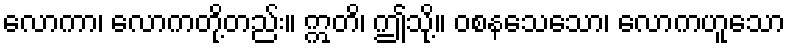
လောကာ၊ လောကတို့တည်း။ ဣတိ၊ ဤသို့။ ဝစနသေသော၊ လောကဟူသော